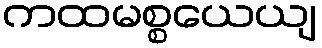
ကထမစ္စယေယျ